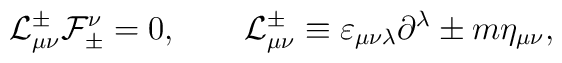
{\cal L}^\pm_{\mu\nu} {\cal F}^\nu_\pm = 0, \qquad{\cal L}^\pm_{\mu\nu} \equiv \varepsilon_{\mu\nu\lambda} \partial^\lambda \pm m \eta_{\mu\nu},